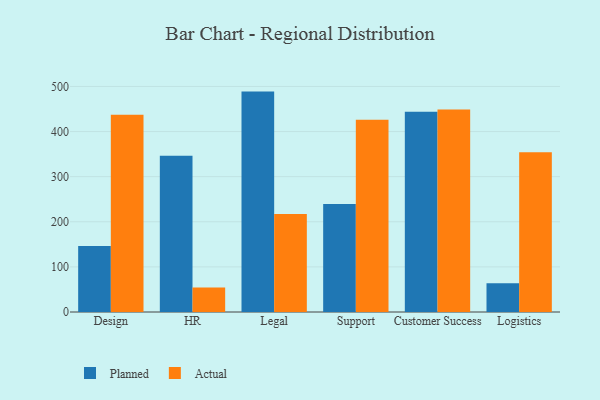
{"axis": {"x": "Department", "y": "Gross Profit (USD K)"}, "legend": ["Actual", "Planned"], "data": [{"x": "Design", "y": 146.2, "type": "Planned"}, {"x": "Design", "y": 437.2, "type": "Actual"}, {"x": "HR", "y": 346.5, "type": "Planned"}, {"x": "HR", "y": 54.2, "type": "Actual"}, {"x": "Legal", "y": 488.6, "type": "Planned"}, {"x": "Legal", "y": 217.3, "type": "Actual"}, {"x": "Support", "y": 239.5, "type": "Planned"}, {"x": "Support", "y": 426.1, "type": "Actual"}, {"x": "Customer Success", "y": 444.0, "type": "Planned"}, {"x": "Customer Success", "y": 448.8, "type": "Actual"}, {"x": "Logistics", "y": 63.6, "type": "Planned"}, {"x": "Logistics", "y": 354.4, "type": "Actual"}]}